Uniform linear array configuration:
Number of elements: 16
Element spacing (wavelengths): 0.25
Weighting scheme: hamming
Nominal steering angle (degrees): -15
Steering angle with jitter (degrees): -16.066
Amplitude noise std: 0.05
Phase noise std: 0.05

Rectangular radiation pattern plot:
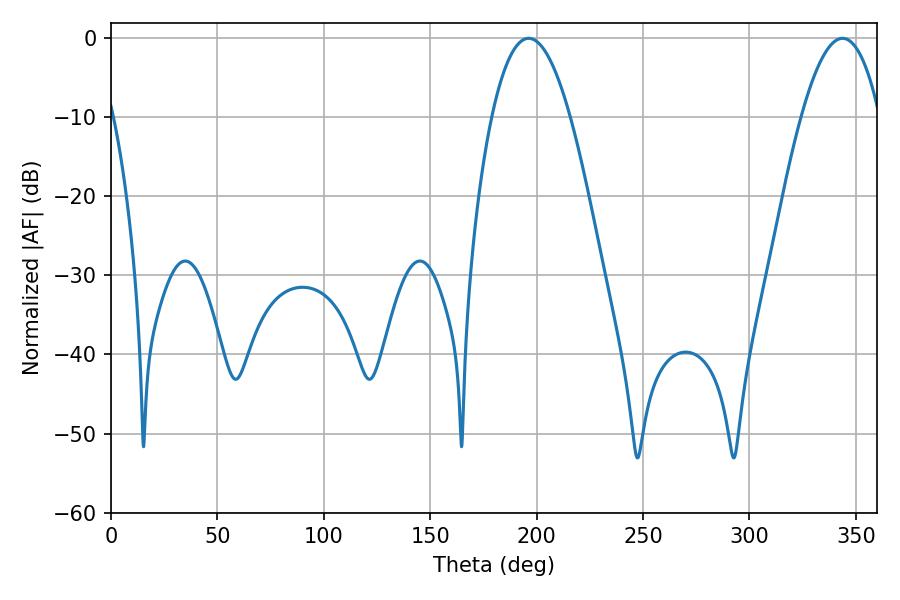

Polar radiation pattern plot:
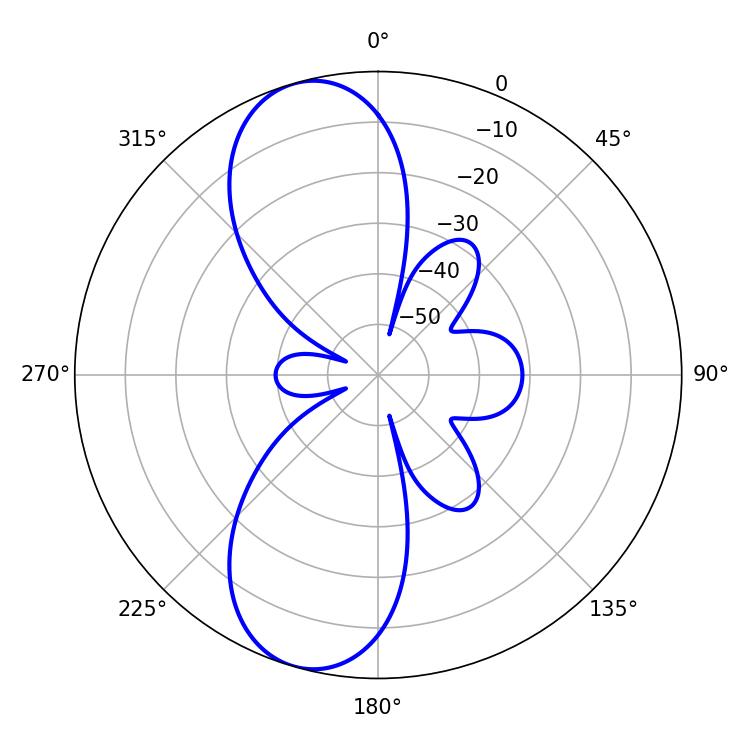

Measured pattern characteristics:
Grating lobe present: FALSE
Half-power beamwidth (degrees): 20.16
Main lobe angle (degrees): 196.2